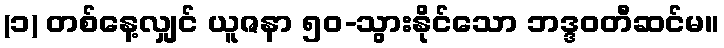
(၁) တစ်နေ့လျှင် ယူဇနာ ၅၀-သွားနိုင်သော ဘဒ္ဒဝတီဆင်မ။